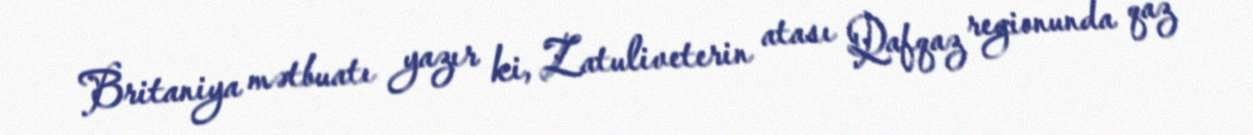
Britaniya mətbuatı yazır ki, Zatuliveterin atası Qafqaz regionunda qaz